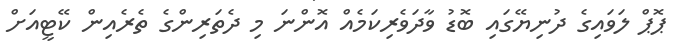
ޕޮޕް ލަވައިގެ ދުނިޔޭގައި ބޮޑު ވާދަވެރިކަމެއް އޮންނަ މި ދެތަރިންގެ ތެރެއިން ކޭޓީއަށް